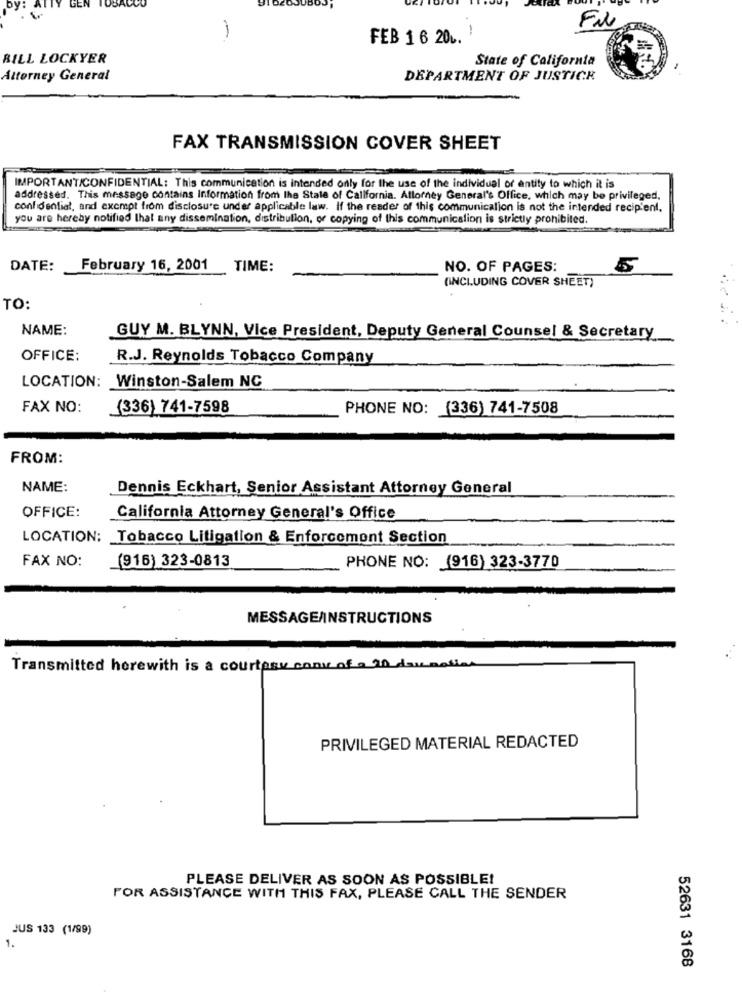
ACCO
by:
GEN
Fil
FEB 1 6 20 ..
BILL LOCKYER
State of California
Attorney General
DEPARTMENT OF JUSTICE
FAX TRANSMISSION COVER SHEET
IMPORTANTICONFIDENTIAL: This communication is intended only for the use of the individual or entity to which it is
addressed. This message contains Information from the State of California. Attorney General's Office, which may be privileged.
confidential, and exempt from disclosure under applicable law. If the reader of this communication is not the intended recipient.
you are hereby notified that any dissemination, distribution, or copying of this communication is strictly prohibited.
DATE:
February 16, 2001
TIME:
NO. OF PAGES:
5
(INCLUDING COVER SHEET)
TO:
NAME:
GUY M. BLYNN, Vice President, Deputy General Counsel & Secretary
OFFICE:
R.J. Reynolds Tobacco Company
LOCATION: Winston-Salem NC
FAX NO:
(336) 741-7598
PHONE NO: (336) 741-7508
FROM:
NAME:
Dennis Eckhart, Senior Assistant Attorney General
OFFICE:
California Attorney General's Office
LOCATION: Tobacco Litigation & Enforcement Section
FAX NO:
(916) 323-0813
PHONE NO: (916) 323-3770
MESSAGEAINSTRUCTIONS
Transmitted herewith is a courtesy conve of
PRIVILEGED MATERIAL REDACTED
PLEASE DELIVER AS SOON AS POSSIBLE!
FOR ASSISTANCE WITH THIS FAX, PLEASE CALL THE SENDER
JUS 133 (1/99)
1.
52631 3168